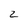
Character: 2